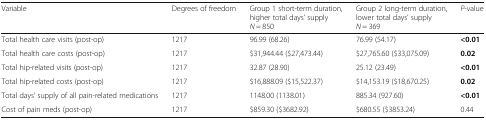
<table><thead><tr><td><b>Variable</b></td><td><b>Degrees of freedom</b></td><td><b>Group 1 short-term duration, higher total days’ supply <i>N</i> = 850</b></td><td><b>Group 2 long-term duration, lower total days’ supply <i>N</i> = 369</b></td><td><b><i>P</i>-value</b></td></tr></thead><tbody><tr><td>Total health care visits (post-op)</td><td>1217</td><td>96.99 (68.26)</td><td>76.99 (54.17)</td><td><b>&lt;0.01</b></td></tr><tr><td>Total health care costs (post-op)</td><td>1217</td><td>$31,944.44 ($27,473.44)</td><td>$27,765.60 ($33,075.09)</td><td><b>0.02</b></td></tr><tr><td>Total hip-related visits (post-op)</td><td>1217</td><td>32.87 (28.90)</td><td>25.12 (23.49)</td><td><b>&lt;0.01</b></td></tr><tr><td>Total hip-related costs (post-op)</td><td>1217</td><td>$16,888.09 ($15,522.37)</td><td>$14,153.19 ($18,670.25)</td><td><b>0.02</b></td></tr><tr><td>Total days’ supply of all pain-related medications</td><td>1217</td><td>1148.00 (1138.01)</td><td>885.34 (927.60)</td><td><b>&lt;0.01</b></td></tr><tr><td>Cost of pain meds (post-op)</td><td>1217</td><td>$859.30 ($3682.92)</td><td>$680.55 ($3853.24)</td><td>0.44</td></tr></tbody></table>